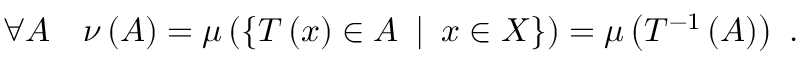
\forall A \quad \nu \left( A \right) = \mu \left( \left\{ T \left( x \right) \in A \enspace \middle | \enspace x \in X \right\} \right) = \mu \left( T ^ { - 1 } \left( A \right) \right) \mathrm { ~ . ~ }